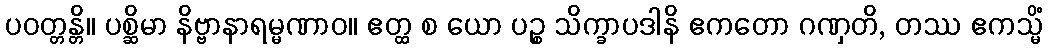
ပဝတ္တန္တိ။ ပစ္ဆိမာ နိဗ္ဗာနာရမ္မဏာဝ။ ဧတ္ထ စ ယော ပဉ္စ သိက္ခာပဒါနိ ဧကတော ဂဏှတိ, တဿ ဧကသ္မိံ